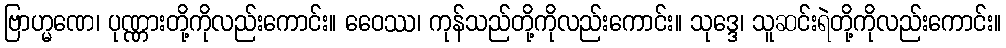
ဗြာဟ္မဏေ၊ ပုဏ္ဏားတို့ကိုလည်းကောင်း။ ဝေေဿ၊ ကုန်သည်တို့ကိုလည်းကောင်း။ သုဒ္ဒေ၊ သူဆင်းရဲတို့ကိုလည်းကောင်း။